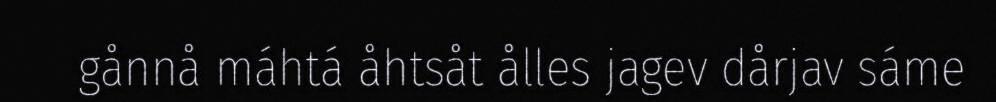
gånnå máhtá åhtsåt ålles jagev dårjav sáme